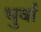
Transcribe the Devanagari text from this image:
धुर्वा